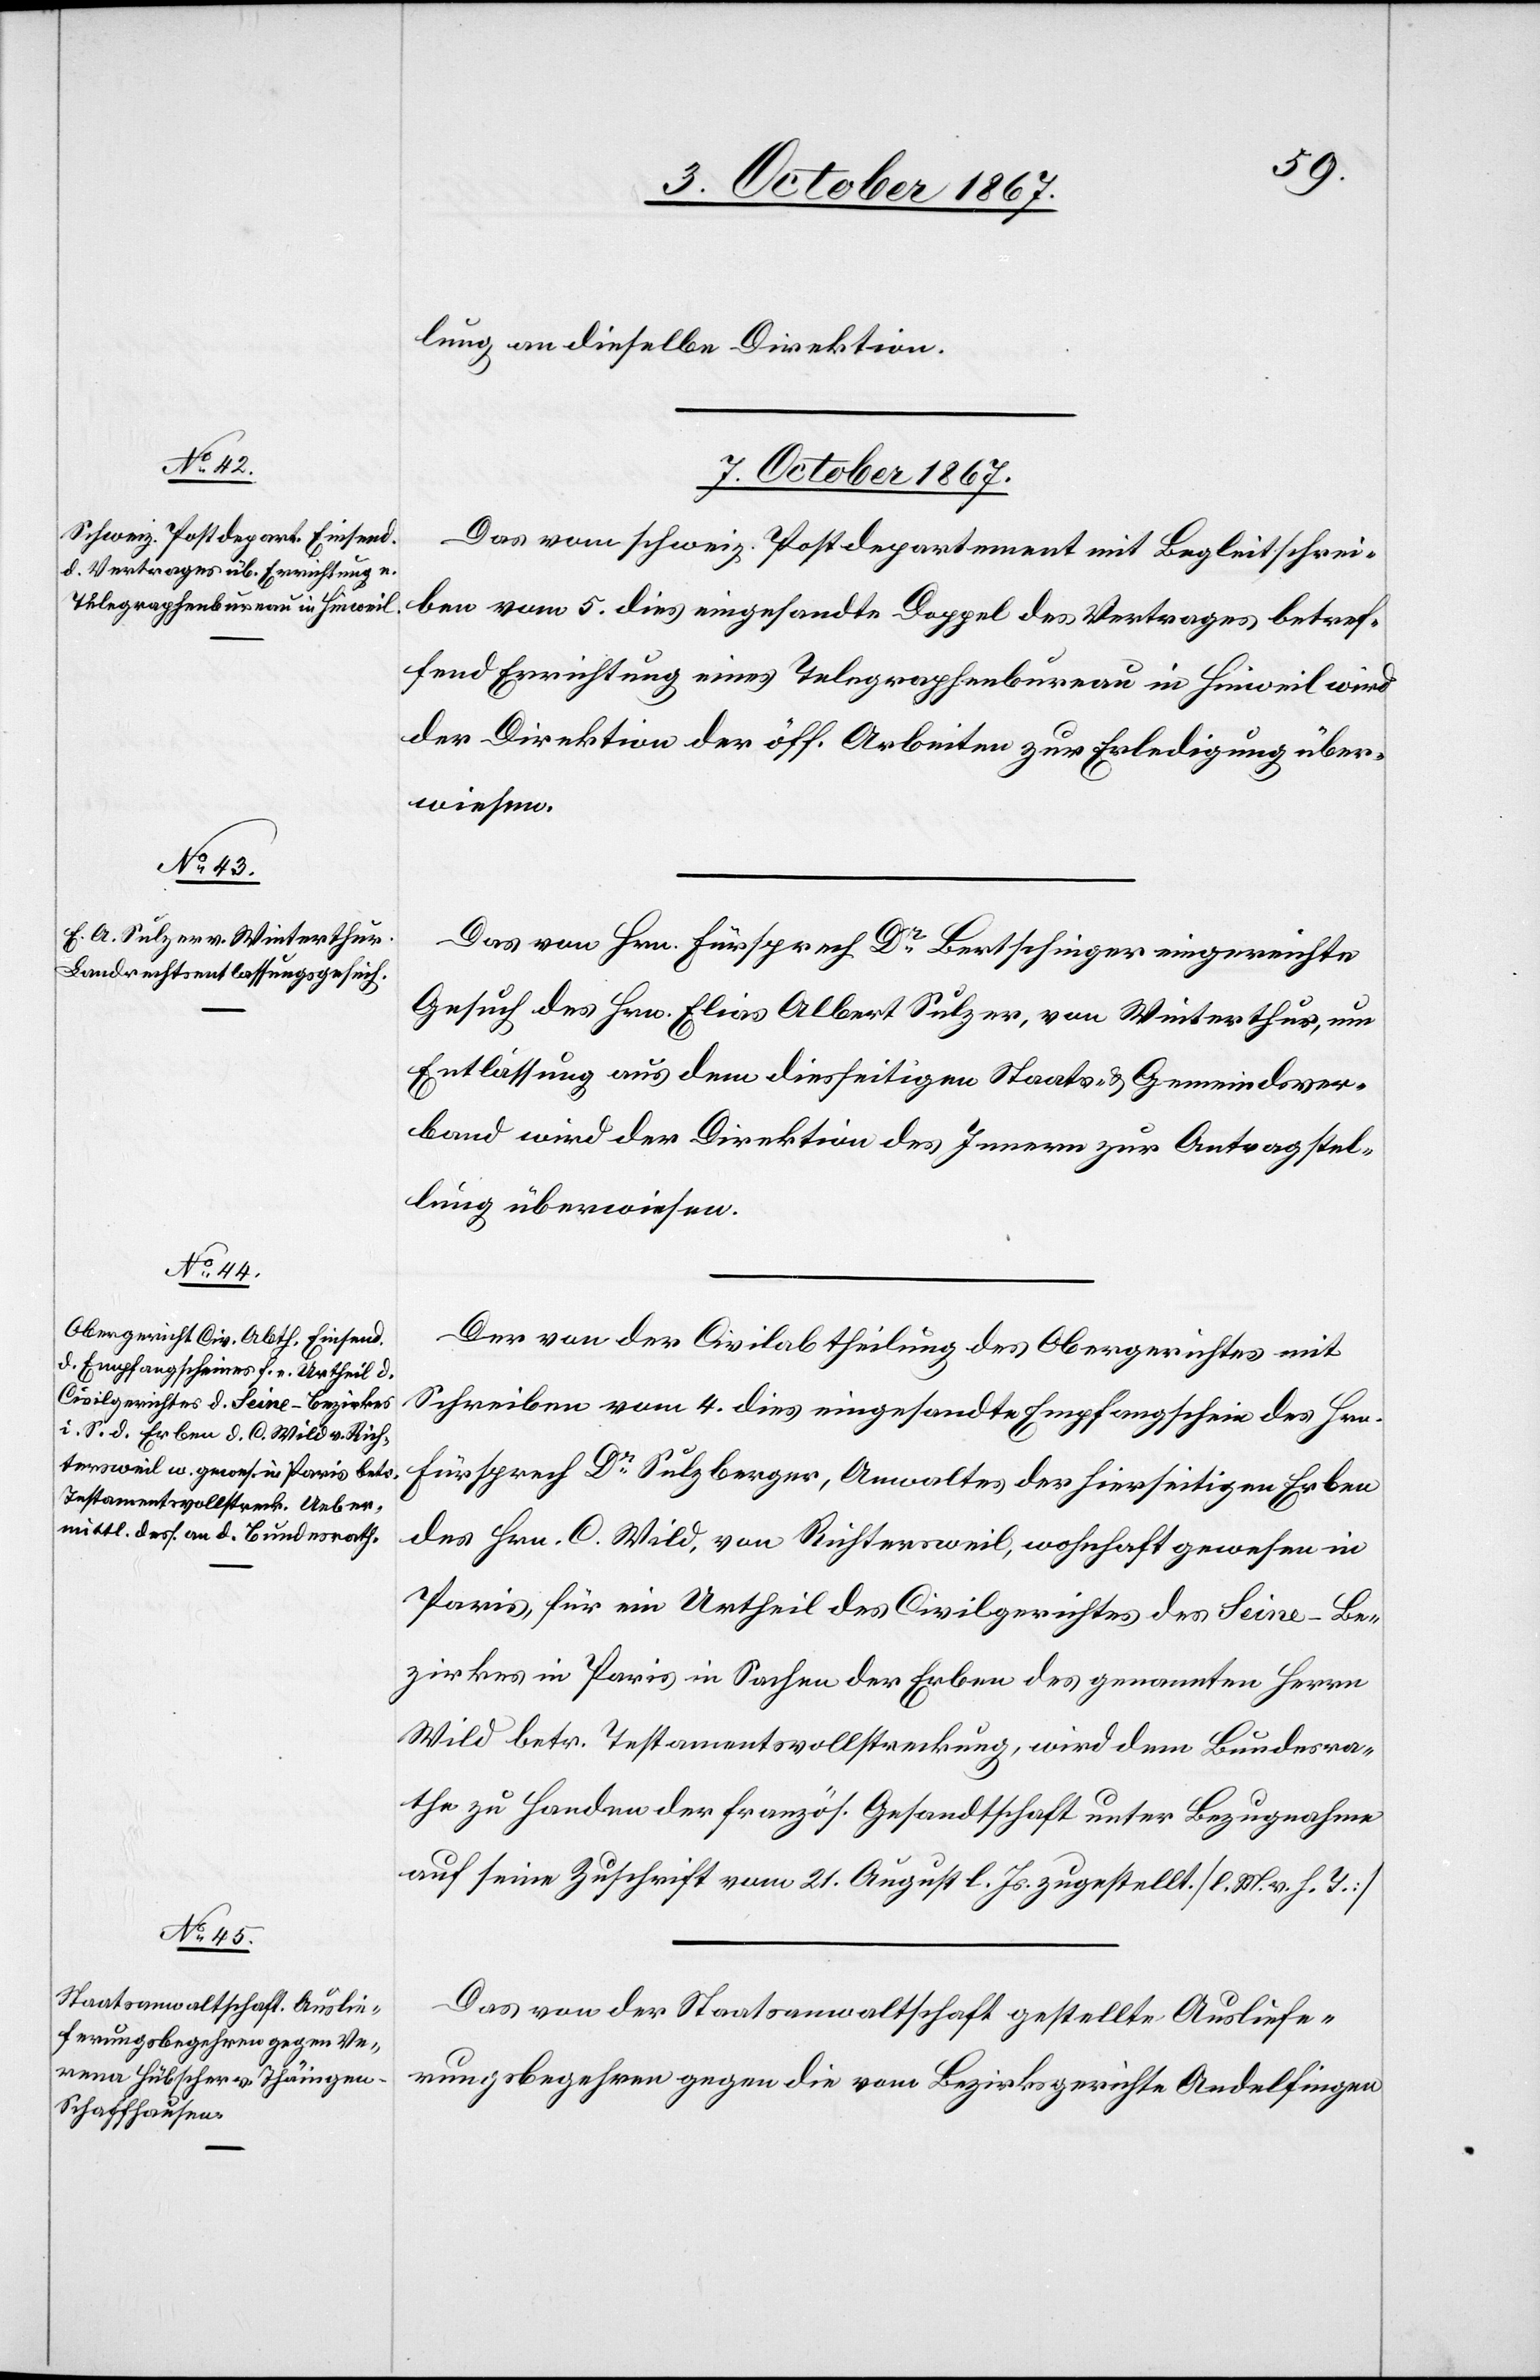
lung an dieselbe Direktion.
7. October 1867.]
Das vom schweiz. Postdepartement mit Begleitschrei¬
ben vom 5. dies eingesandte Doppel des Vertrages betref¬
fend Errichtung eines Telegraphenbureau in Hinweil wird
der Direktion der öff. Arbeiten zur Erledigung über¬
wiesen.
Das von Hrn. Fürsprech Dr Bertschinger eingereichte
Gesuch des Hrn. Elias Albert Sulzer, von Winterthur, um
Entlassung aus dem diesseitigen Staats- u. Gemeindsver¬
band wird der Direktion des Innern zur Antragstel¬
lung überwiesen.
Der von der Civilabtheilung des Obergerichtes mit
Schreiben vom 4. dies eingesandte Empfangschein des Hrn.
Fürsprech Dr Sulzberger, Anwaltes der hierseitigen Erben
des Hrn. C. Wild, von Richtersweil, wohnhaft gewesen in
Paris, für ein Urtheil des Civilgerichtes des Seine-Be¬
zirkes in Paris in Sachen der Erben des genannten Herrn
Wild betr. Testamentsvollstreckung, wird dem Bundesra¬
the zu Handen der französ. Gesandtschaft unter Bezugnahme
auf seine Zuschrift vom 21. August l. Js. zugestellt. [l. M. v. h. T.]
Das von der Staatsanwaltschaft gestellte Ausliefe¬
rungsbegehren gegen die vom Bezirksgerichte Andelfingen